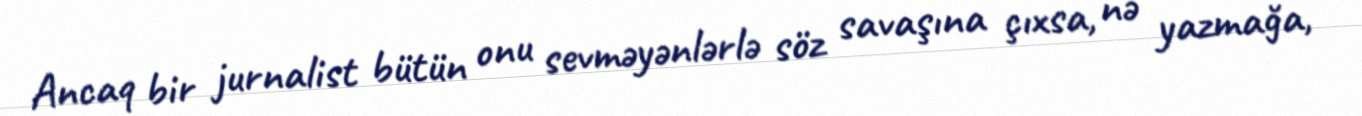
Ancaq bir jurnalist bütün onu sevməyənlərlə söz savaşına çıxsa, nə yazmağa,